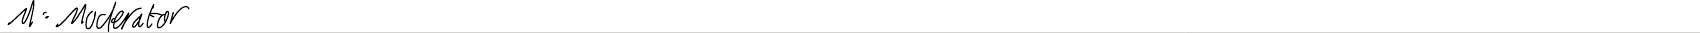
M: Moderator